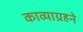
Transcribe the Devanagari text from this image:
काव्याग्रहने